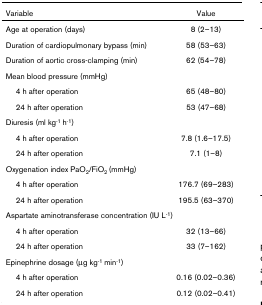
| Variable | Value |
 | --- | --- |
 | Age at operation (days) | 8 (2–13) |
 | Duration of cardiopulmonary bypass (min) | 58 (53–63) |
 | Duration of aortic cross-clamping (min) | 62 (54–78) |
 | <COLSPAN=2> Mean blood pressure (mmHg) |
 | 4 h after operation | 65 (48–80) |
 | 24 h after operation | 53 (47–68) |
 | <COLSPAN=2> Diuresis (ml kg-1 h-1) |
 | 4 h after operation | 7.8 (1.6–17.5) |
 | 24 h after operation | 7.1 (1–8) |
 | <COLSPAN=2> Oxygenation index PaO2/FiO2 (mmHg) |
 | 4 h after operation | 176.7 (69–283) |
 | 24 h after operation | 195.5 (63–370) |
 | <COLSPAN=2> Aspartate aminotransferase concentration (IU L-1) |
 | 4 h after operation | 32 (13–66) |
 | 24 h after operation | 33 (7–162) |
 | <COLSPAN=2> Epinephrine dosage (μg kg-1 min-1) |
 | 4 h after operation | 0.16 (0.02–0.36) |
 | 24 h after operation | 0.12 (0.02–0.41) |